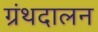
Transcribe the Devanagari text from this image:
ग्रंथदालन